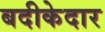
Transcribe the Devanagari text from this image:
बदीकेदार